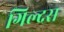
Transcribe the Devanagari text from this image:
गिल्दस